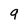
Character: q